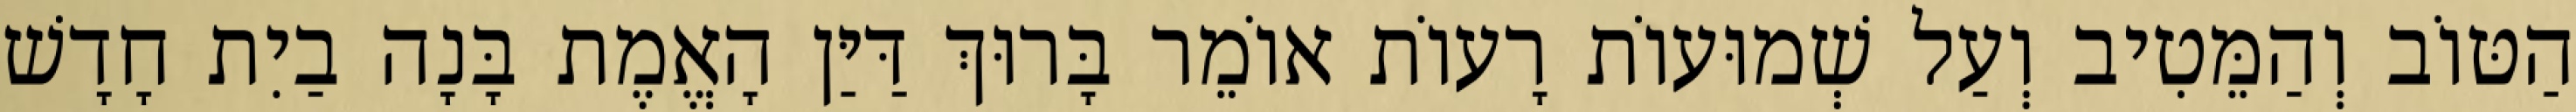
הַטּוֹב וְהַמֵּטִיב וְעַל שְׁמוּעוֹת רָעוֹת אוֹמֵר בָּרוּךְ דַּיַּן הָאֱמֶת בָּנָה בַיִת חָדָשׁ